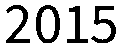
2015